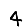
Digit: 4